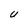
Character: U